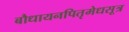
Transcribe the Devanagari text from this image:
बौधायनपितृमेधसूत्र